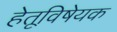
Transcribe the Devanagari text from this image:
हेतूविषेयक